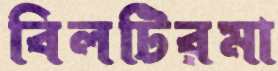
বিলটিরমা